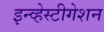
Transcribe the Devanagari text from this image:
इन्व्हेस्टीगेशन